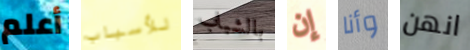
أعلم للأسباب بالشباب إن وأنا انهن